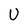
Character: U